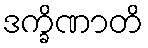
ဒက္ခိဏာတိ